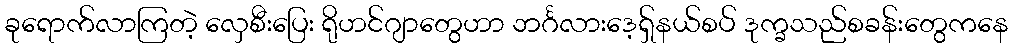
ခုရောက်လာကြတဲ့ လှေစီးပြေး ရိုဟင်ဂျာတွေဟာ ဘင်္ဂလားဒေ့ရှ်နယ်စပ် ဒုက္ခသည်စခန်းတွေကနေ